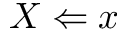
X \Leftarrow x